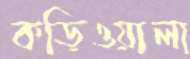
কড়িওয়ালা